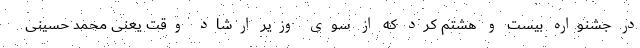
در جشنواره بیست و هشتم کرد که از سوی وزیر ارشاد وقت یعنی محمد حسینی